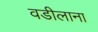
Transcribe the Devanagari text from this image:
वडीलाना